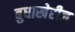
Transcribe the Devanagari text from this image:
बुधाखेरीज